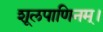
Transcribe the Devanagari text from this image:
शूलपाणिनम्।